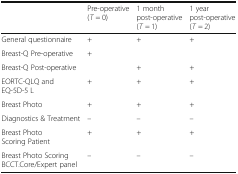
|  | Pre-operative (T = 0) | 1 month post-operative (T = 1) | 1 year post-operative (T = 2) |
 | --- | --- | --- | --- |
 | General questionnaire | + | + | + |
 | Breast-Q Pre-operative | + |  |  |
 | Breast-Q Post-operative |  | + | + |
 | EORTC-QLQ and EQ-5D-5 L | + | + | + |
 | Breast Photo | + | + | + |
 | Diagnostics & Treatment | – | – | – |
 | Breast Photo Scoring Patient | + | + | + |
 | Breast Photo ScoringBCCT.Core/Expert panel | – | – | – |